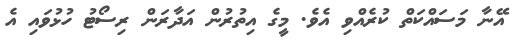
އޭނާ މަސައްކަތް ކުރެއްވި އެވެ. މީގެ އިތުރުން އަދާރަން ރިސޯޓު ހުޅުވައި އެ